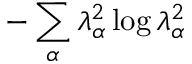
- \sum _ { \alpha } \lambda _ { \alpha } ^ { 2 } \log { \lambda _ { \alpha } ^ { 2 } }